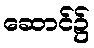
ဆောင်၌